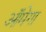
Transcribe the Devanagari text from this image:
ऑमेगा